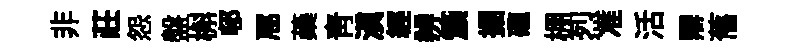
非莊怨盤槲邨豗蘃青滇經辨簇掘礲棚烈准活辯𦾔